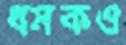
ধমকও